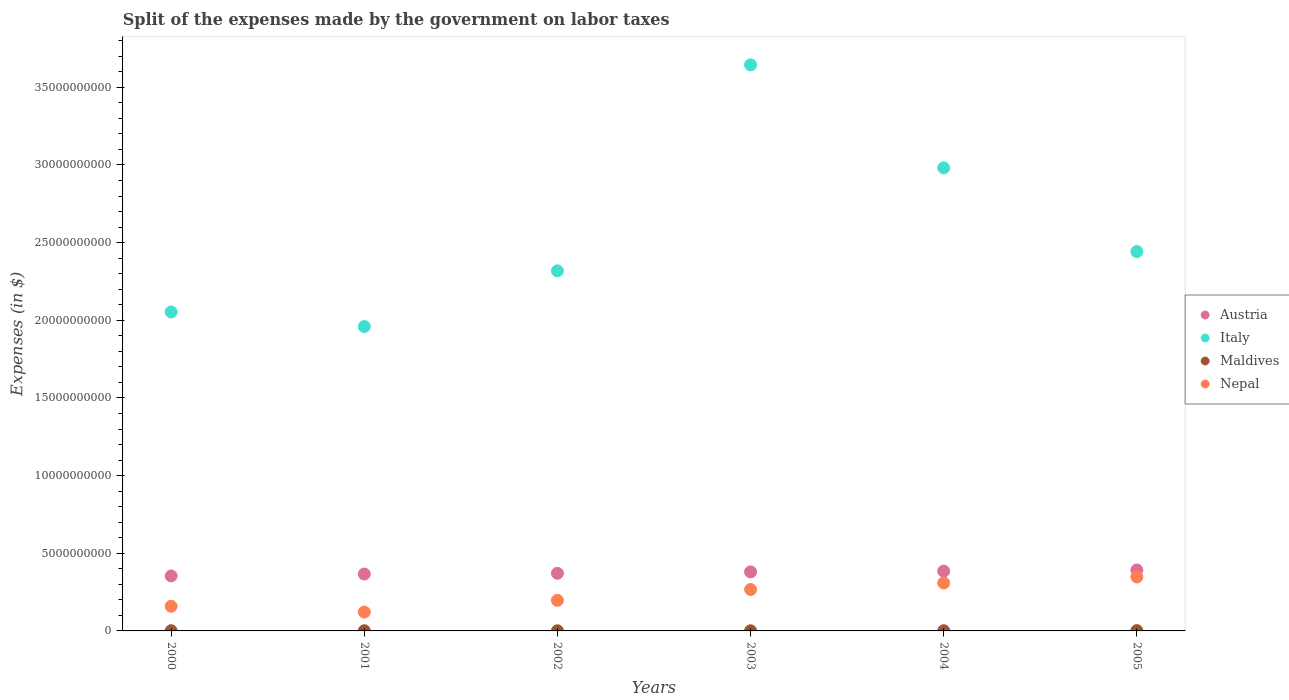
| Years | Austria | Italy | Maldives | Nepal |
 | --- | --- | --- | --- | --- |
 | 2000 | 3.54e+09 | 2.05e+10 | 1.34e+07 | 1.59e+09 |
 | 2001 | 3.66e+09 | 1.96e+10 | 1.19e+07 | 1.21e+09 |
 | 2002 | 3.71e+09 | 2.32e+10 | 1.01e+07 | 1.97e+09 |
 | 2003 | 3.8e+09 | 3.64e+10 | 1.06e+07 | 2.67e+09 |
 | 2004 | 3.85e+09 | 2.98e+10 | 1.22e+07 | 3.09e+09 |
 | 2005 | 3.93e+09 | 2.44e+10 | 2.02e+07 | 3.48e+09 |